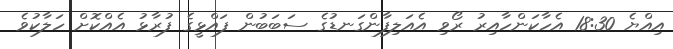
އިއްޔެ 18:30 އެހާކަންހާއިރު ރޯވި އެއަލިފާންގަނޑުގެ ސަބަބުން ފައްޅީގެ ފުރާޅު އެއްކޮށް ހަލާކުވެ